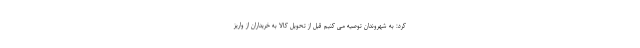
کرد: به شهروندان توصیه می کنیم قبل از تحویل کالا به خریداران از واریز